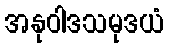
အနုဝါဒသမုဒယံ